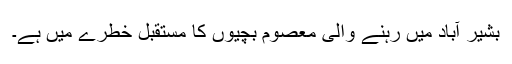
بشیر آباد میں رہنے والی معصوم بچیوں کا مستقبل خطرے میں ہے۔